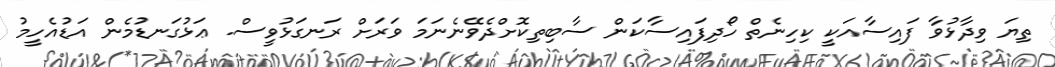
ތިޔަ ވިދާޅުވާ ފައިސާއަކީ ކިހިނެތް ހޯދިފައިސާކަން ސާބިތިކޮށްދެވޭނެނަމަ ވަރަށް ރަނގަޅުވީސް. ޢަޅުގަނޑުމެން އަޑުއެހީމު